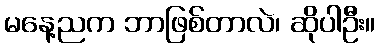
မနေ့ညက ဘာဖြစ်တာလဲ၊ ဆိုပါဦး။